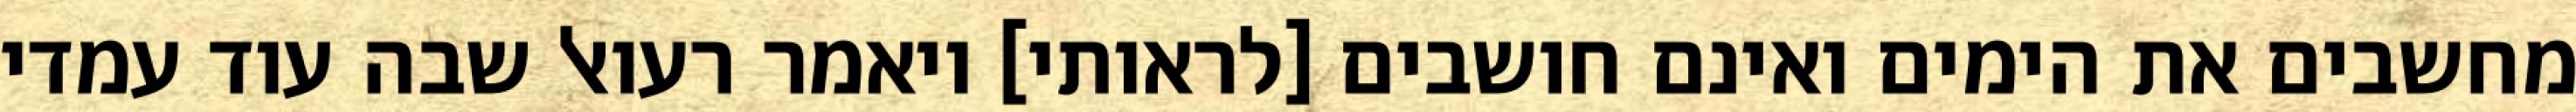
מחשבים את הימים ואינם חושבים [לראותי] ויאמר רעואל שבה עוד עמדי